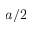
a / 2